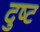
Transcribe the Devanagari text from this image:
दुष्‍ट